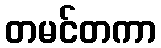
တမင်တကာ